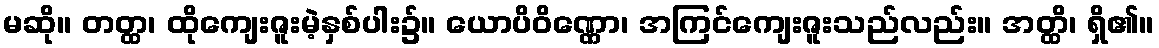
မဆို။ တတ္ထ၊ ထိုကျေးဇူးမဲ့နှစ်ပါး၌။ ယောပိဝိဏ္ဏော၊ အကြင်ကျေးဇူးသည်လည်း။ အတ္ထိ၊ ရှိ၏။